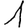
Digit: 1